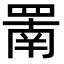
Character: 罱